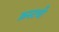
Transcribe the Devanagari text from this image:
क्रस्टची